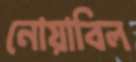
নোয়াবিল